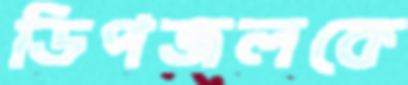
ডিপজলকে